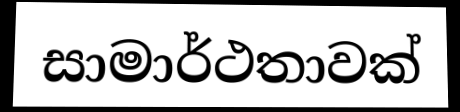
සාමාර්ථතාවක්